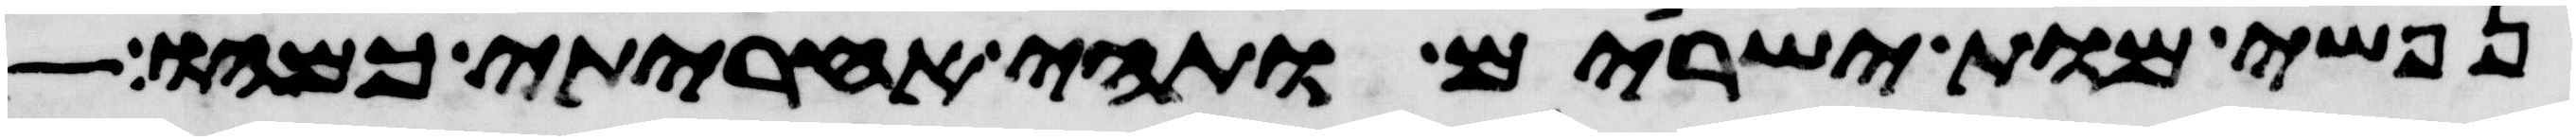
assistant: נפשי מות ישירים ותהי אחריתי כמהו